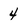
Character: 4